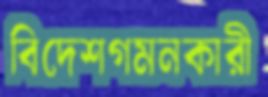
বিদেশগমনকারী